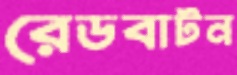
রেডবাটন